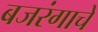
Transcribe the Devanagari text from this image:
बजरंगाचे